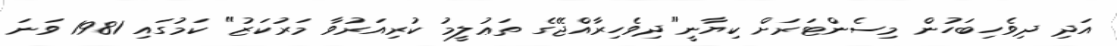
އަދި ދިވެހިބަހުން މިސެންޓަރަށް ކިޔާނީ"ދިވެހިރާއްޖޭގެ ތަޢުލީމު ކުރިއަރުވާ މަރުކަޒު" ކަމުގައި 1981 ވަނަ